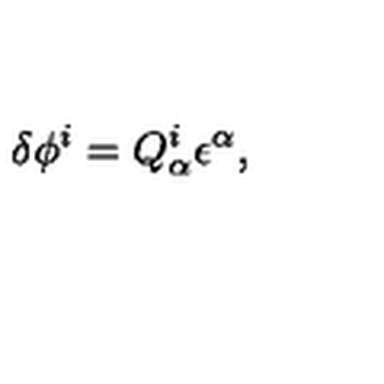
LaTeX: \delta \phi ^ { i } = Q _ { \alpha } ^ { i } \epsilon ^ { \alpha } ,